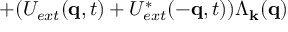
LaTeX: + ( U _ { e x t } ( { \bf { q } } , t ) + U _ { e x t } ^ { * } ( - { \bf { q } } , t ) ) \Lambda _ { { \bf { k } } } ( { \bf { q } } )